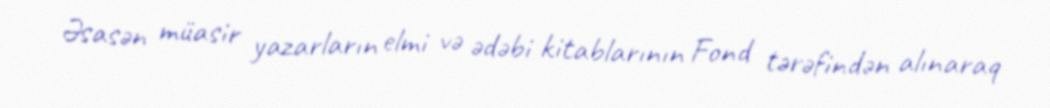
Əsasən müasir yazarların elmi və ədəbi kitablarının Fond tərəfindən alınaraq